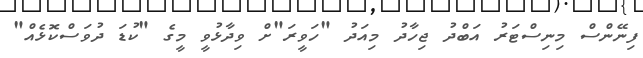
ފިނޭންސް މިނިސްޓަރު އަބްދު ޖިހާދު މިއަދު "ހަވީރަ"ށް ވިދާޅުވީ މީގެ "ކުޑަ ދުވަސްކޮޅެއް"